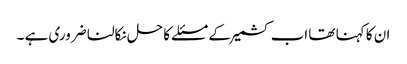
ان کا کہنا تھا اب کشمیر کے مسئلے کا حل نکالنا ضروری ہے ۔